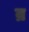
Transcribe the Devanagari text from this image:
व्र